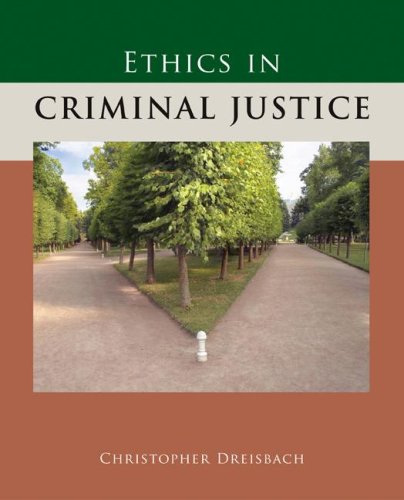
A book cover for Ethics in Criminal Justice; Christopher Dreisbach; Law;